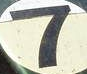
7